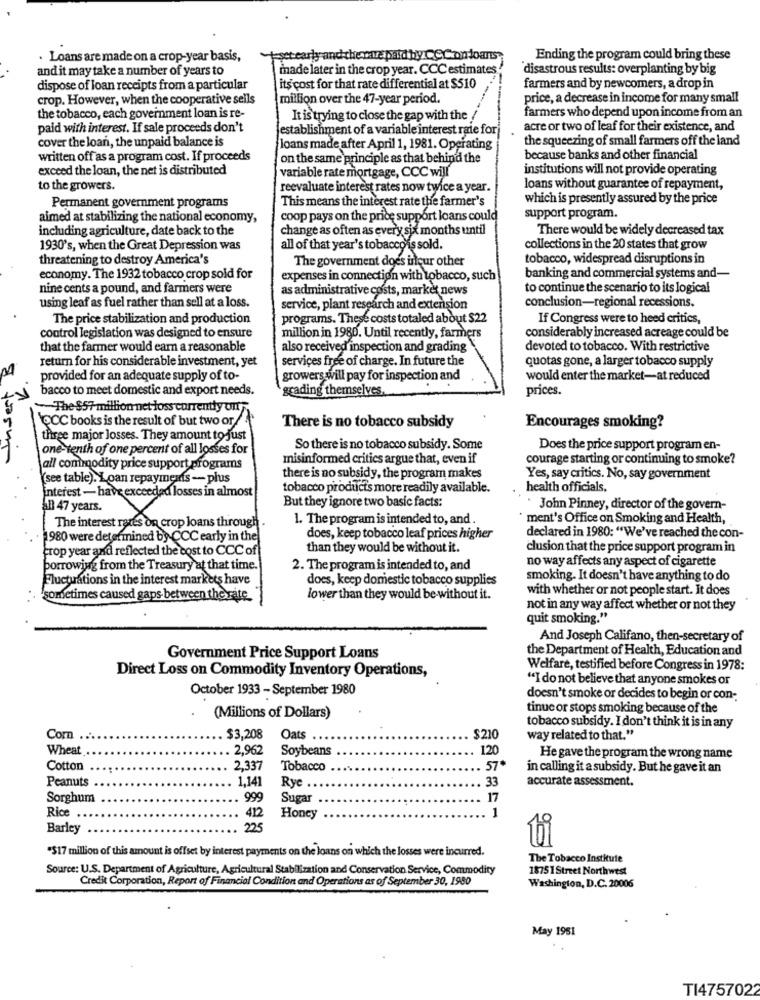
Loans are made on a crop-year basis,
eset early and the wave paid by CCCondoans
Ending the program could bring these
and it may take a number of years to
made later in the crop year. CCC estimates
disastrous results: overplanting by big
dispose of loan receipts from a particular
its cost for that rate differential at $510
farmers and by newcomers, a drop in
crop. However, when the cooperative sells
million over the 47-year period.
price, a decrease in income for many small
the tobacco, each government loan is re-
It is trying to close the gap with the
farmers who depend upon income from an
paid with interest. If sale proceeds don't
establishment of a variable interest rate for
acre or two of leaf for their existence, and
cover the loan, the unpaid balance is
the squeezing of small farmers off the land
loans made after April 1, 1981. Operating
written off as a program cost. If proceeds
on the same principle as that behind the
because banks and other financial
exceed the loan, the net is distributed
variable rate mortgage, CCC will
institutions will not provide operating
to the growers.
reevaluate interest rates now twice a year.
loans without guarantee of repayment,
This means the interest rate the farmer's
which is presently assured by the price
Permanent government programs
aimed at stabilizing the national economy,
coop pays on the price support loans could
support program
including agriculture, date back to the
change as often as every six months until
There would be widely decreased tax
1930's, when the Great Depression was
all of that year's tobacco is sold
collections in the 20 states that grow
threatening to destroy America's
The government does incur other
tobacco, widespread disruptions in
economy. The 1932 tobacco crop sold for
expenses in connection with tobacco, such
banking and commercial systems and-
nine cents a pound, and farmers were
as administrative costs, market news
to continue the scenario to its logical
using leaf as fuel rather than sell at a loss.
conclusion-regional recessions.
service, plant research and extension
The price stabilization and production
programs. These costs totaled about $22
If Congress were to heed critics,
control legislation was designed to ensure
million in 1980. Until recently, farmers
considerably increased acreage could be
that the farmer would earn a reasonable
also received inspection and grading
devoted to tobacco. With restrictive
return for his considerable investment, yet
services free of charge. In future the
quotas gone, a larger tobacco supply
provided for an adequate supply of to-
growers will pay for inspection and
would enter the market-at reduced
bacco to meet domestic and export needs.
grading themselves.
prices.
-The $57 million net loss currently un.
CCC books is the result of but two or
There is no tobacco subsidy
Encourages smoking?
three major losses. They amount to just
one-tenth of one percent of all losses for
So there is no tobacco subsidy. Some
Does the price support program en-
misinformed critics argue that, even if
courage starting or continuing to smoke?
all commodity price support programs
(see table). Loan repayments - plus
there is no subsidy, the program makes
Yes, say critics. No, say government
interest - have exceeded losses in almost
tobacco products more readily available.
health officials.
But they ignore two basic facts:
41 47 years.
John Pinney, director of the govern-
The interest rates on crop loans through .
1. The program is intended to, and
ment's Office on Smoking and Health,
1980 were determined by CCC early in the
does, keep tobacco leaf prices higher
declared in 1980: "We've reached the con-
crop year and reflected the cost to CCC of
than they would be without it.
clusion that the price support program in
no way affects any aspect of cigarette
borrowing from the Treasury at that time.
2. The program is intended to, and
Fluctuations in the interest markets have
does, keep domestic tobacco supplies
smoking. It doesn't have anything to do
with whether or not people start. It does
ometimes caused gaps between the rate
lower than they would be without it.
not in any way affect whether or not they
quit smoking."
And Joseph Califano, then-secretary of
the Department of Health, Education and
Government Price Support Loans
Direct Loss on Commodity Inventory Operations,
Welfare, testified before Congress in 1978:
"I do not believe that anyone smokes or
October 1933 - September 1980
doesn't smoke or decides to begin or con-
tinuc or stops smoking because of the
(Millions of Dollars)
tobacco subsidy. I don't think it is in any
Com ..
$3,208
Oats
$210
way related to that."
Wheat
. 2,962
Soybeans
120
He gave the program the wrong name
Cotton
. 2,337
Tobacco
57
in calling it a subsidy. But he gave it an
Peanuts
1.141
Rye .
33
accurate assessment.
Sorghum
999
Sugar
17
Rice
412
1
Honey
Barley
225
*$17 million of this amount is offset by interest payments on the loans on which the losses were incurred.
The Tobacco Institute
Source: U.S. Department of Agriculture, Agricultural Stabilization and Conservation Service, Commodity
18751 Street Northwest
Credit Corporation, Report of Financial Condition and Operations as of September 30, 1980
Washington, D.C. 20006
May 1951
TI4757022